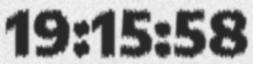
19:15:58